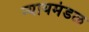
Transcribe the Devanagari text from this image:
न्यायमंडळ